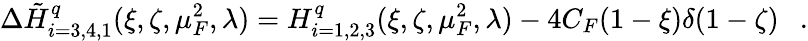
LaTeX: \Delta{\tilde{H}}_{i=3,4,1}^{q}(\xi,\zeta,\mu_{F}^{2},\lambda)=H_{i=1,2,3}^{q}(\xi,\zeta,\mu_{F}^{2},\lambda)-4C_{F}(1-\xi)\delta(1-\zeta)\ \ \ .